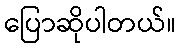
ပြောဆိုပါတယ်။